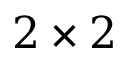
2 \times 2